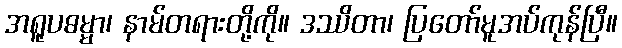
အရူပဓမ္မာ၊ နာမ်တရားတို့ကို။ ဒဿိတာ၊ ပြတော်မူအပ်ကုန်ပြီ။